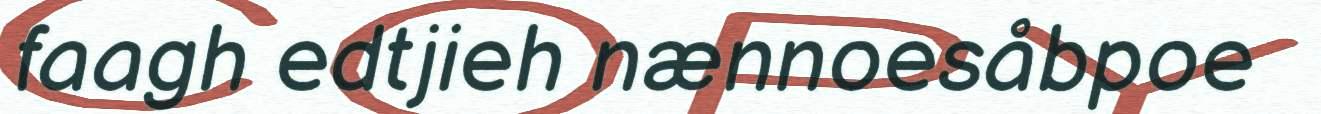
faagh edtjieh nænnoesåbpoe